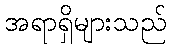
အရာရှိများသည်